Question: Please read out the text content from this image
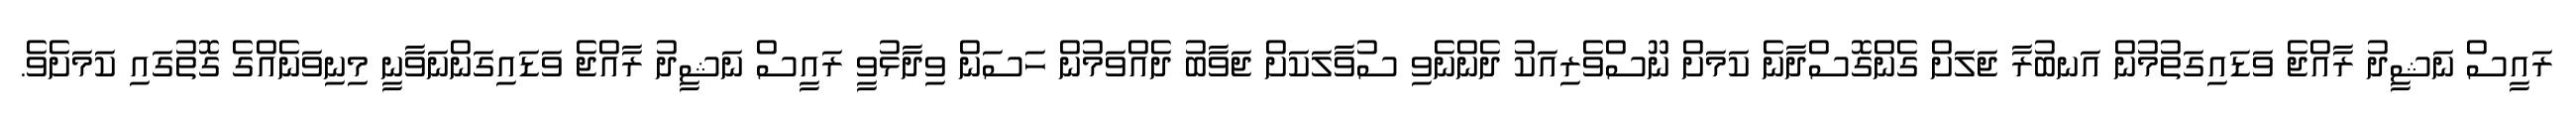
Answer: ރައީސް ނަޝީދު ރާއްޖެ ވަޑައިގަތުމުން އަނބުރާ ޖަލަށް ގެންގޮސްދާނެ ކަމަށް ނޫސްވެރިއަކު ދެންނެވި ސުވާލަކަށް ޖަވާބު ދެއްވަމުން ހަސަން ވިދާޅުވީ ރައީސް ނަޝީދު ރާއްޖެ ވަޑައިގަންނަވާނީ މިނިވަނެއްގެ ގޮތުގައި ކަމަށެވެ.